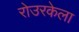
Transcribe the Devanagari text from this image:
रोउरकेला